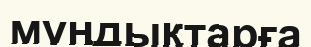
мұңдықтарға